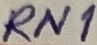
Text: RN1